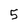
Character: 5